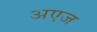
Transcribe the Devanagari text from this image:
अएज